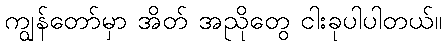
ကျွန်တော်မှာ အိတ် အညိုတွေ ငါးခုပါပါတယ်။